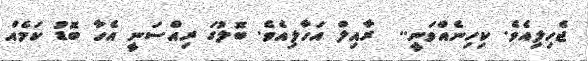
ޖެހިލިއެވެ. ކިހިނެއްވަނީ..  ރާއިލް އަހާލިއެވެ. ބޮލުގަ ރިއްސަނީ އެހާ ބޮޑު ކަމެއް